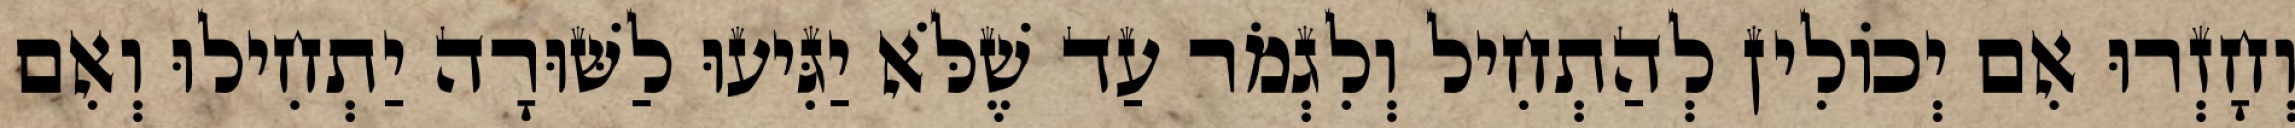
וְחָזְרוּ אִם יְכוֹלִין לְהַתְחִיל וְלִגְמֹר עַד שֶׁלֹּא יַגִּיעוּ לַשּׁוּרָה יַתְחִילוּ וְאִם